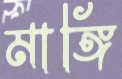
মাঙ্গি